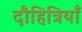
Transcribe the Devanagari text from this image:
दौहित्रियाँ